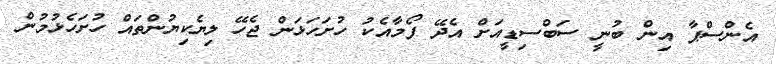
އެންސްޕާ އިން ބުނީ ސަބްސިޑީއަށް އެދޭ ފޯމާއެކު ހުށަހަޅަން ޖެހޭ ލިޔެކިޔުންތައް ހުށަހެޅުމުން